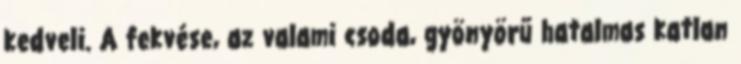
kedveli. A fekvése, az valami csoda, gyönyörű hatalmas katlan